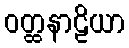
ဝတ္ထနာဠိယာ